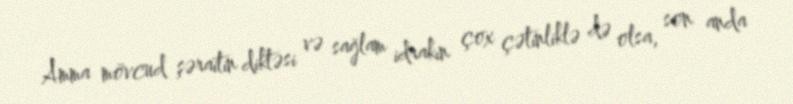
Amma mövcud şəraitin diktəsi və sağlam idrakın çox çətinliklə də olsa, son anda